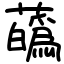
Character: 蘤